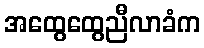
အထွေထွေညီလာခံက